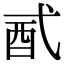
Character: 𨟲